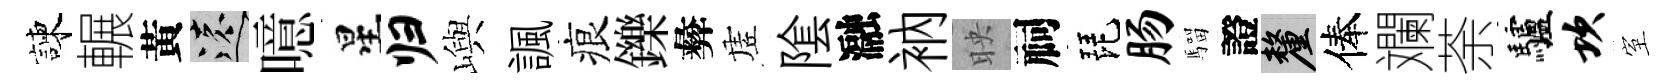
諫輾黃遠噫星归嶼諷痕鑠彜虗隂瀜衲映祠琵肠騮證厘俸斕荼驢坎室